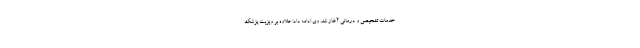
خدمات تشخیصی و درمانی آغاز شد. وی ادامه داد: علاوه بر ویزیت پزشک